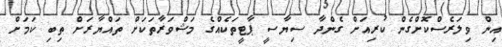
އިން ވިލަރެސްކޮށްގެން ކުރިއަށް ގެންދާ ސިޔާސީ ޕާޓީތަކެއްގެ މަޝްވަރާތަކަށް ތައްޔާރަށް ތިބި ކަމަށް